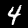
Label: 4